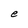
Character: e